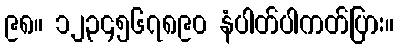
၉၈။ ၁၂၃၄၅၆၇၈၉၀ နံပါတ်ပါကတ်ပြား။